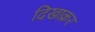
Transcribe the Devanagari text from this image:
दिखाक्रर